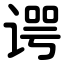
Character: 谔